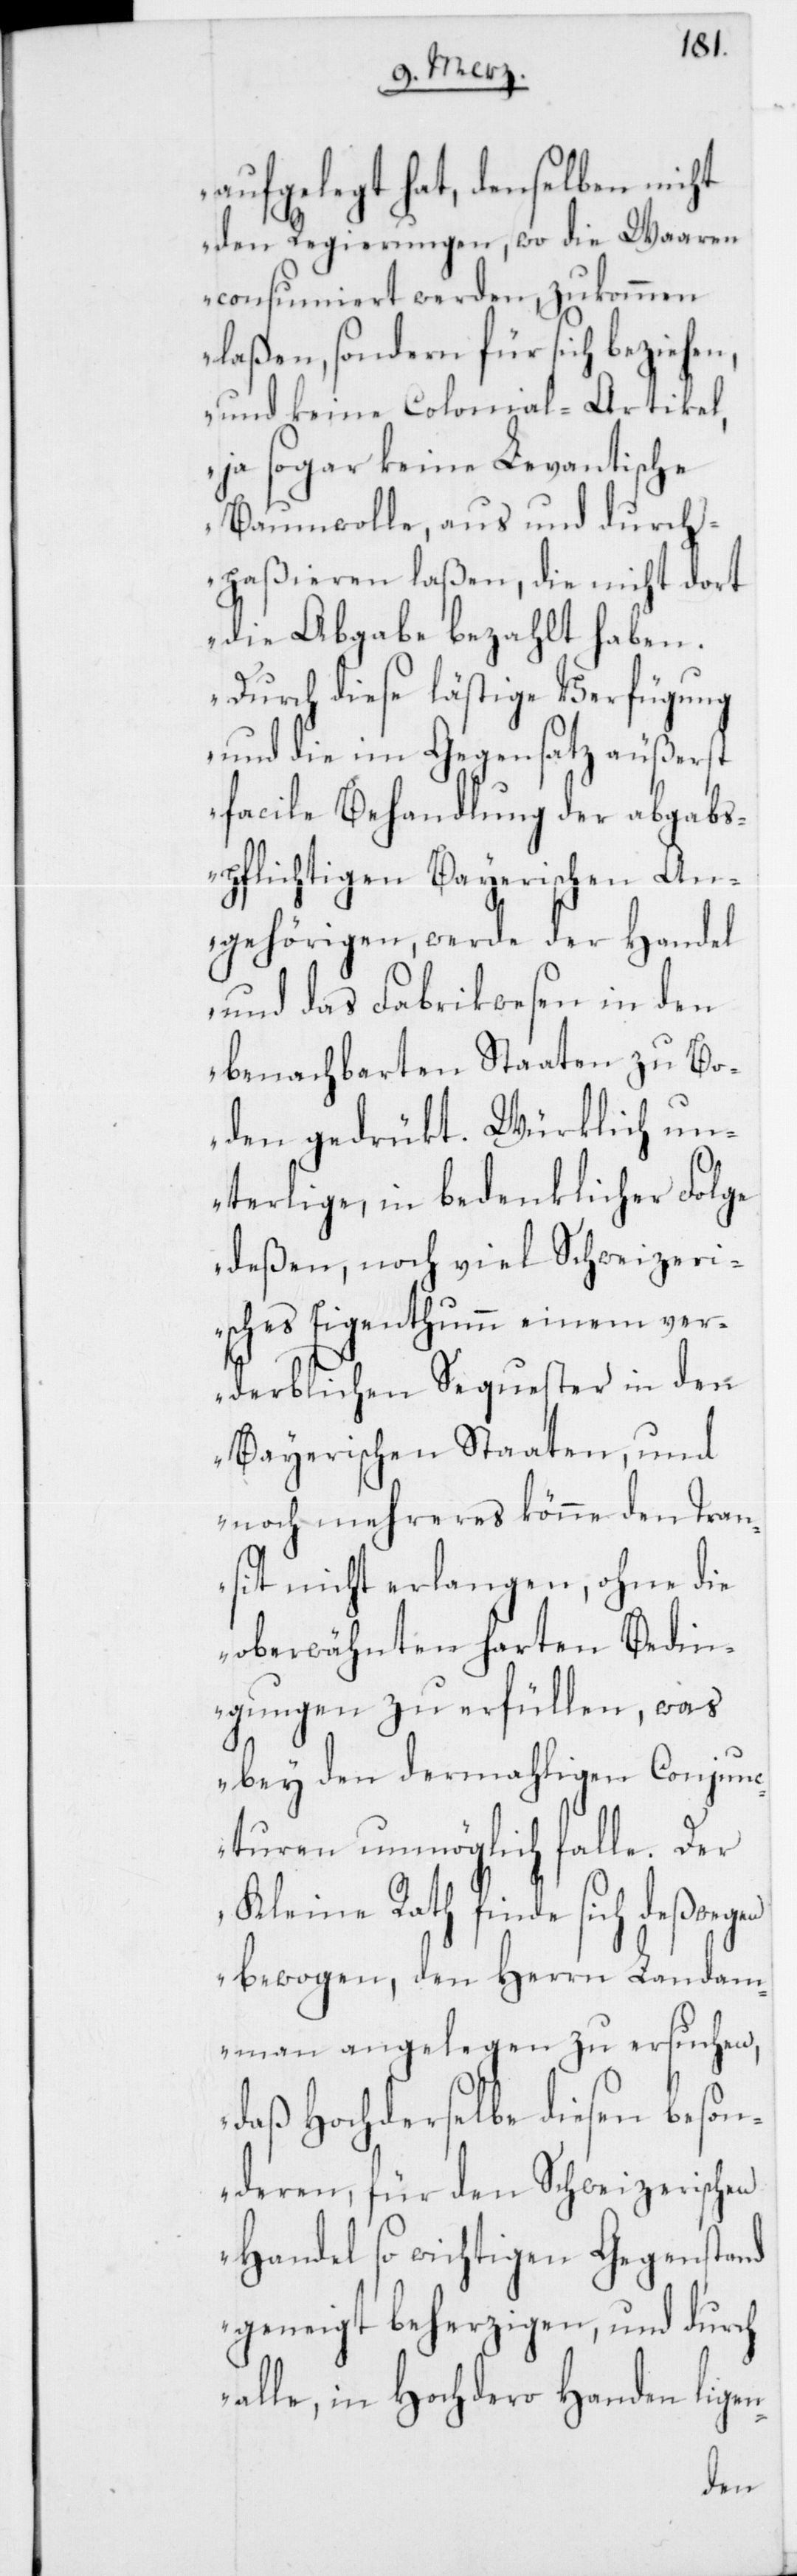
aufgelegt hat, denselben nicht
den Regierungen, wo die Waaren
consumiert werden, zukommen
laßen, sondern für sich beziehen,
und keine Colonial-Artikel,
ja sogar keine Levantische
Baumwolle, aus und durch¬
paßieren laßen, die nicht dort
die Abgabe bezahlt haben.
Durch diese lästige Verfügung
und die im Gegensatz äußerst
facile Behandlung der abgabs¬
pflichtigen Bayerischen An¬
gehörigen, werde der Handel
und das Fabrikwesen in den
benachbarten Staaten zu Bo¬
den gedrükt. Würklich un¬
terlige in bedenklicher Folge
deßen, noch viel Schweizeri¬
sches Eigenthum einem ver¬
derblichen Sequester in den
Bayerischen Staaten, und
noch mehreres könne den Tran¬
sit nicht erlangen, ohne die
oberwähnten harten Bedin¬
gungen zu erfüllen, was
bey den dermahligen Conjunc¬
turen unmöglich falle. Der
Kleine Rath finde sich deßwegen
bewogen, den Herrn Landam¬
mann angelegen zu ersuchen,
daß Hochderselbe diesen beson¬
deren, für den Schweizerischen
Handel so wichtigen Gegenstand
geneigt beherzigen, und durch
alle, in Hochdero Handen lie¬
gen-